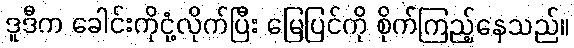
ဒူဒီက ခေါင်းကိုငုံ့လိုက်ပြီး မြေပြင်ကို စိုက်ကြည့်နေသည်။